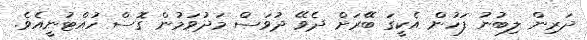
ދަރިން ލިބުނު ފަހުން އެކީގަ ބޭރަށް ދެވޭ ދުވަސް މަދުވަމުން ގޮސް ހުއްޓުނީއެވެ.